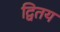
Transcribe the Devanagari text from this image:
द्वितय